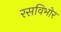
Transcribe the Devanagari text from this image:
रसविभोर